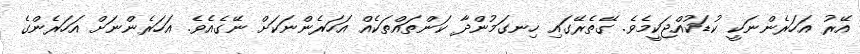
އޭރު އަހަރެންނަކީ ކުޑަކުއްޖަކީމެވެ. ގޭތެރޭގައި ހިނގަމުންދާ ކަންތައްތަކެއް އަހަރެންނަކަށް ނޭގެއެވެ. އަހަރެންނަށް އަހަރެންގެ